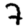
Digit: 7